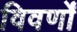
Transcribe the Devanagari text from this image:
विवर्णों